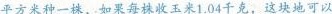
平方米种一株，如果每株收玉米1.04千克，这块地可以